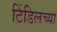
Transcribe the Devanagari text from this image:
टिंडिलच्या